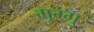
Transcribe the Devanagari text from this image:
मुग्गु